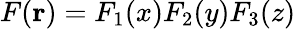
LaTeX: F(\mathbf{r})=F_{1}(x)F_{2}(y)F_{3}(z)